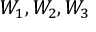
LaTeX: W _ { 1 } , W _ { 2 } , W _ { 3 }